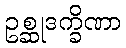
ဥစ္ဆုဒက္ခိဏာ